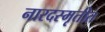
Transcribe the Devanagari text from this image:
नारदस्मृतीत